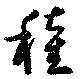
穜